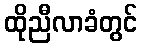
ထိုညီလာခံတွင်